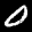
Digit: 0